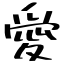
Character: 愛